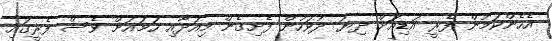
އެހެންކަމުން ފެރީ އަޑިއަށް ދިޔަ ދުވަހުން ފެށިގެން މިއަދާއި ހަމައަށް ވެސް ފެރީގައި